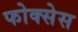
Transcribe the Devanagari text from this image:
फोक्सेस